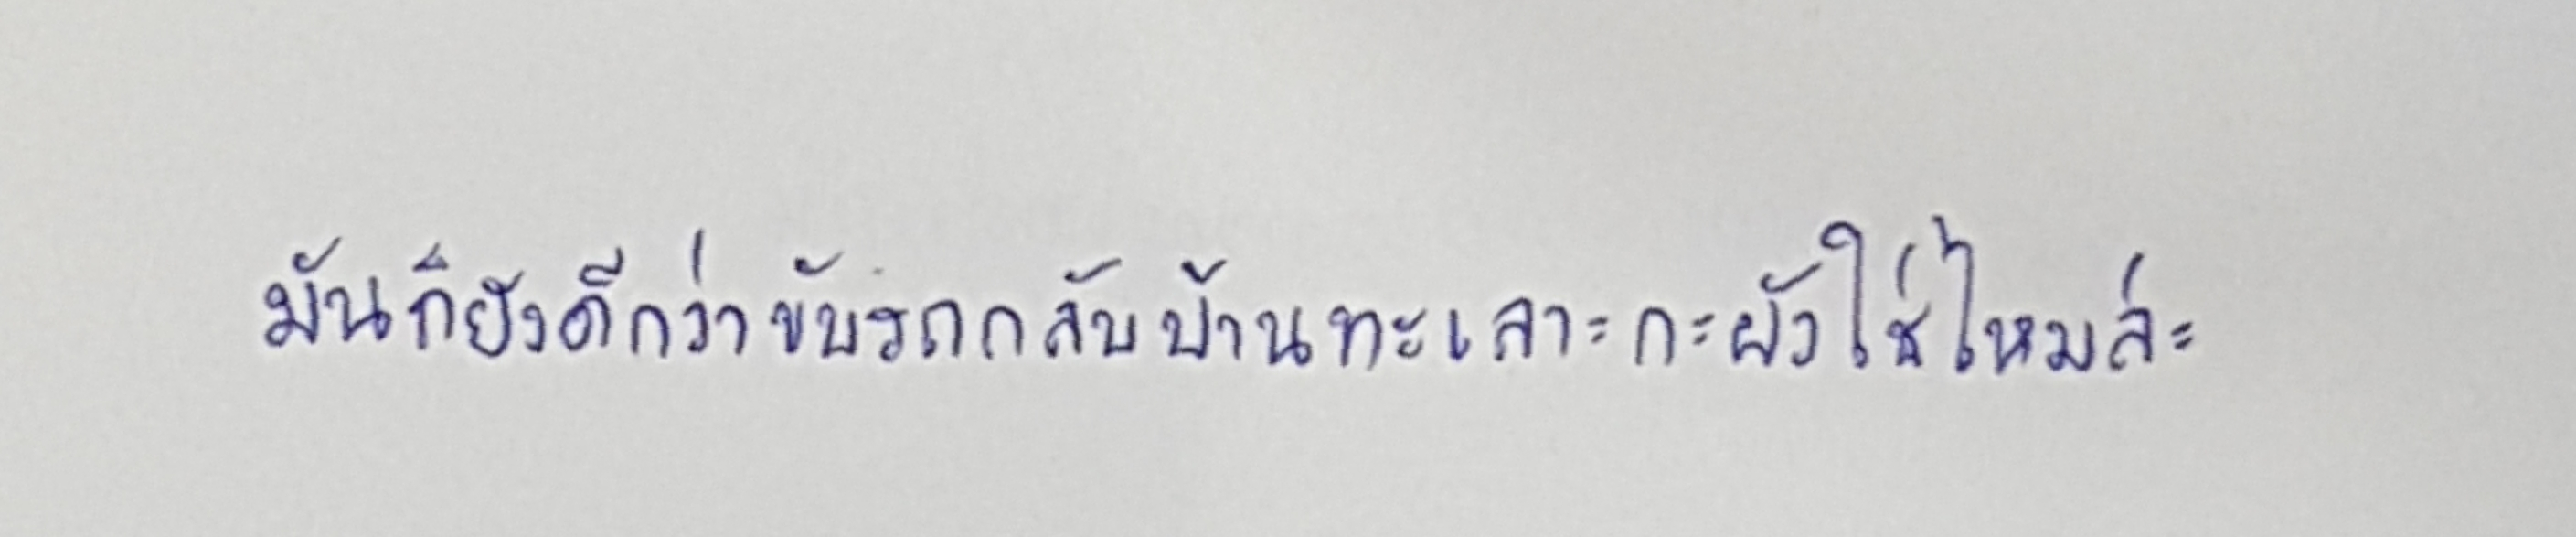
มันก็ยังดีกว่าขับรถกลับบ้านทะเลาะกะผัวใช่ไหมล่ะ